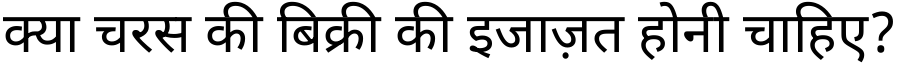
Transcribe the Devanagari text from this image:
क्या चरस की बिक्री की इजाज़त होनी चाहिए?